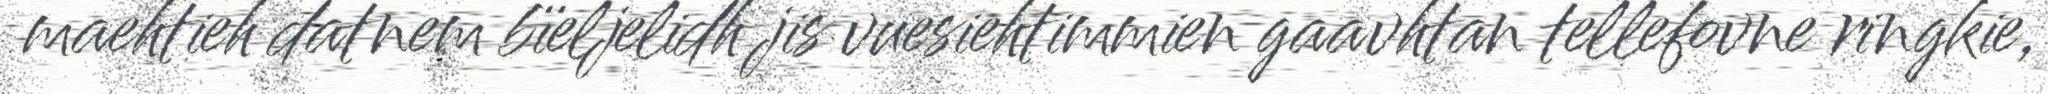
maehtieh datnem bïeljelidh jis vuesiehtimmien gaavhtan tellefovne ringkie,